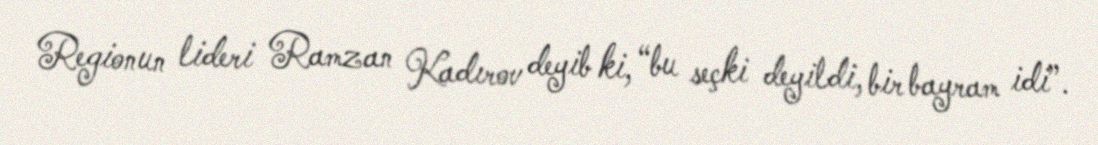
Regionun lideri Ramzan Kadırov deyib ki, “bu seçki deyildi, bir bayram idi”.